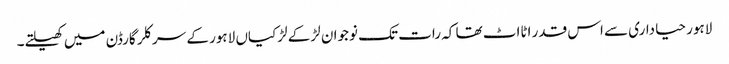
لاہور حیاداری سے اس قدر اٹااٹ تھا کہ رات تک نوجوان لڑکے لڑکیاں لاہور کے سرکلر گارڈن میں کھیلتے۔